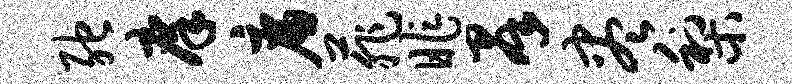
弛庠廉菲昨群尽梨